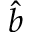
\hat { b }